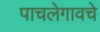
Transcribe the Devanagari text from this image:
पाचलेगावचे